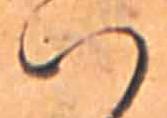
ハ